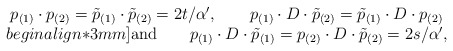
\begin{align*}\begin{array}{c}p_{(1)}\cdot p_{(2)} = \tilde{p}_{(1)}\cdot \tilde{p}_{(2)} = 2t/\alpha', \qquad p_{(1)}\cdot D\cdot \tilde{p}_{(2)} = \tilde{p}_{(1)}\cdot D \cdot p_{(2)} \\begin{align*}3mm]\mbox{and} \qquad p_{(1)}\cdot D\cdot\tilde{p}_{(1)}=p_{(2)}\cdot D \cdot\tilde{p}_{(2)}=2s/\alpha',\end{array}\end{align*}